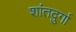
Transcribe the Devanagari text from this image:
शांतदुर्गा